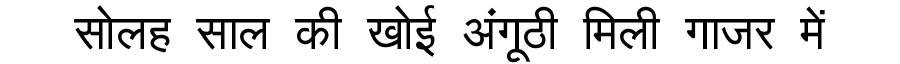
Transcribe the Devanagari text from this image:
सोलह साल की खोई अंगूठी मिली गाजर में